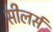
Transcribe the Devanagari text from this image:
सीलर्स